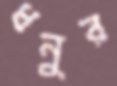
ধনুর